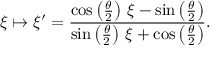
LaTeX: \xi \mapsto \xi ^ { \prime } = { \frac { \cos \left( { \frac { \theta } { 2 } } \right) \, \xi - \sin \left( { \frac { \theta } { 2 } } \right) } { \sin \left( { \frac { \theta } { 2 } } \right) \, \xi + \cos \left( { \frac { \theta } { 2 } } \right) } } .